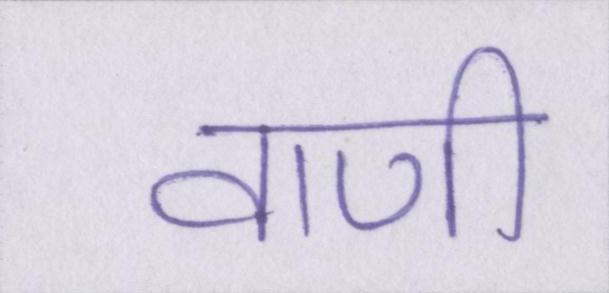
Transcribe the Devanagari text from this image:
वाणी